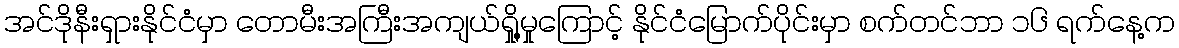
အင်ဒိုနီးရှားနိုင်ငံမှာ တောမီးအကြီးအကျယ်ရှို့မှုကြောင့် နိုင်ငံမြောက်ပိုင်းမှာ စက်တင်ဘာ ၁၆ ရက်နေ့က